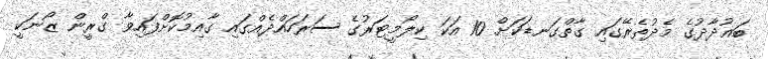
ބަޣުދާދުގެ މެދުތެރޭގައި ގާތްގަނޑަކަށް 10 އަކަ ކިލޯމީޓަރުގެ ސަރަހައްދެއްގައި ގާއިމުކޮށްފައިވާ ގްރީން ޒޯނަކީ